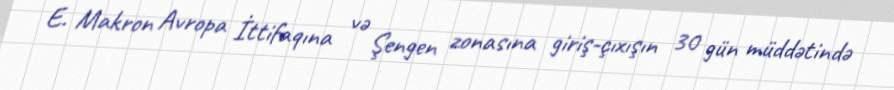
E. Makron Avropa İttifaqına və Şengen zonasına giriş-çıxışın 30 gün müddətində